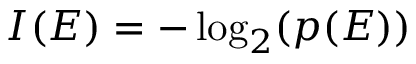
I ( E ) = - \log _ { 2 } ( p ( E ) )